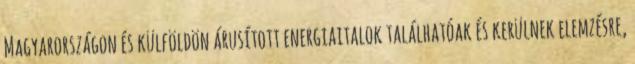
Magyarországon és külföldön árusított energiaitalok találhatóak és kerülnek elemzésre,